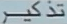
تدکتر